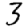
Digit: 3